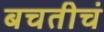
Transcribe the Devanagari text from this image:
बचतीचं